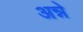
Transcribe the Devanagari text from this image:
अन्ने